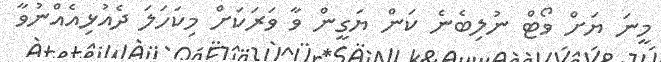
މީނަ ޔަށް ވޯޓް ނުލިބެނެ ކަން ޔަގީން ވާ ވަރަކަށް މިކަހަލަ ދެއުޅިއެއްނުވާ